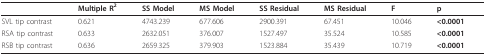
<table><thead><tr><td></td><td><b>Multiple R<sup>2</sup></b></td><td><b>SS Model</b></td><td><b>MS Model</b></td><td><b>SS Residual</b></td><td><b>MS Residual</b></td><td><b>F</b></td><td><b>p</b></td></tr></thead><tbody><tr><td>SVL tip contrast</td><td>0.621</td><td>4743.239</td><td>677.606</td><td>2900.391</td><td>67.451</td><td>10.046</td><td><b>&lt;0.0001</b></td></tr><tr><td>RSA tip contrast</td><td>0.633</td><td>2632.051</td><td>376.007</td><td>1527.497</td><td>35.524</td><td>10.585</td><td><b>&lt;0.0001</b></td></tr><tr><td>RSB tip contrast</td><td>0.636</td><td>2659.325</td><td>379.903</td><td>1523.884</td><td>35.439</td><td>10.719</td><td><b>&lt;0.0001</b></td></tr></tbody></table>